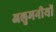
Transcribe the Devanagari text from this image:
अलुमनीयों